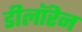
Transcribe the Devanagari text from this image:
डीलॉरेन